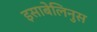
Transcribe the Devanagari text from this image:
इसाबेलिनुस